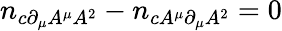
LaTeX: n_{c\partial_{\mu}A^{\mu}A^{2}}-n_{cA^{\mu}\partial_{\mu}A^{2}}=0